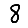
Digit: 8